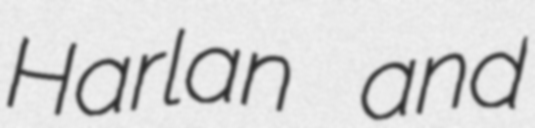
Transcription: Harlan and